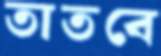
তাতবে